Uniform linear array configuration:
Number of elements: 16
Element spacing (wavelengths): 0.75
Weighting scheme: uniform
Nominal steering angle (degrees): -60
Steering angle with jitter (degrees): -61.345
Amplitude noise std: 0.05
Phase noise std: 0.05

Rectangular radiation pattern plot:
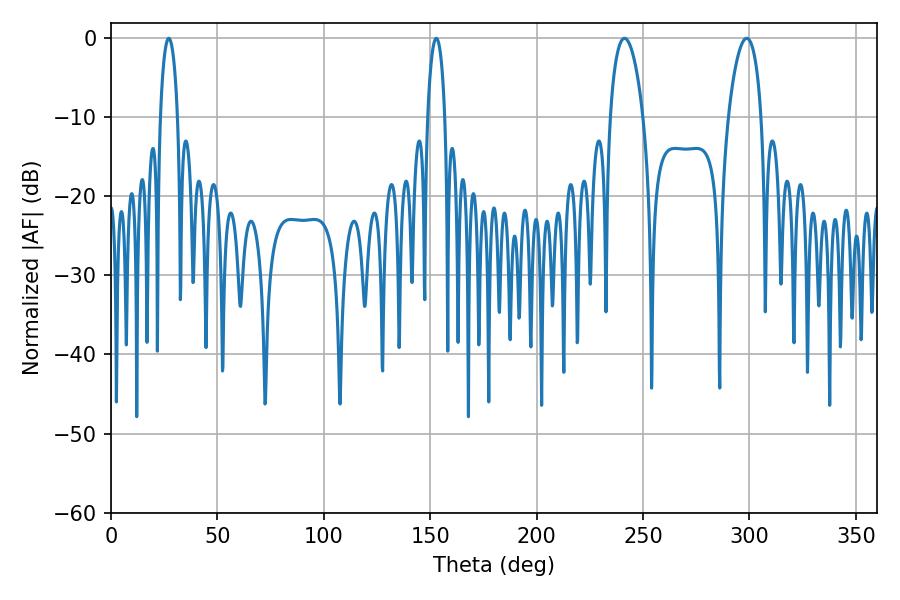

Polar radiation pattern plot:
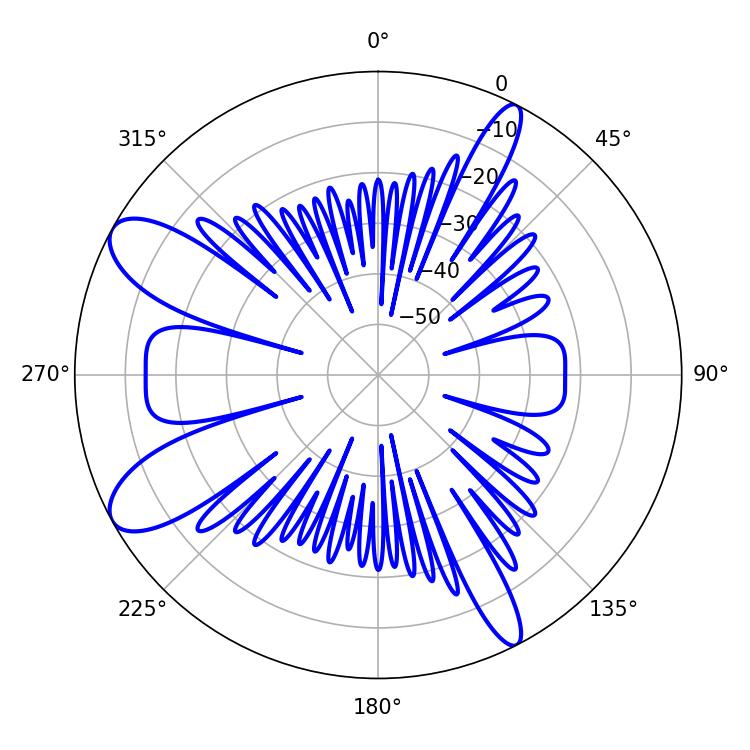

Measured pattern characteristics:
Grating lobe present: TRUE
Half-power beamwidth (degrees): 4.68
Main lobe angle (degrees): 27.18